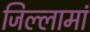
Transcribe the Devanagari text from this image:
जिल्लामां